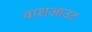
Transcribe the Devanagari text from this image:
वाशआउट